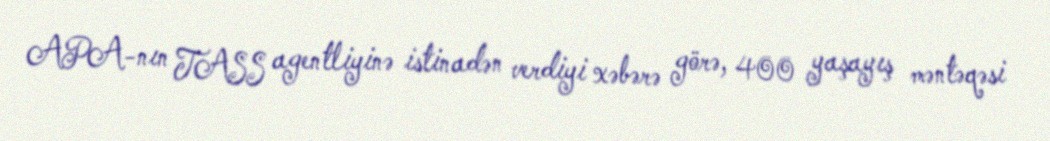
APA-nın TASS agentliyinə istinadən verdiyi xəbərə görə, 400 yaşayış məntəqəsi